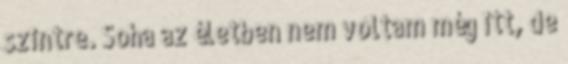
szintre. Soha az életben nem voltam még itt, de